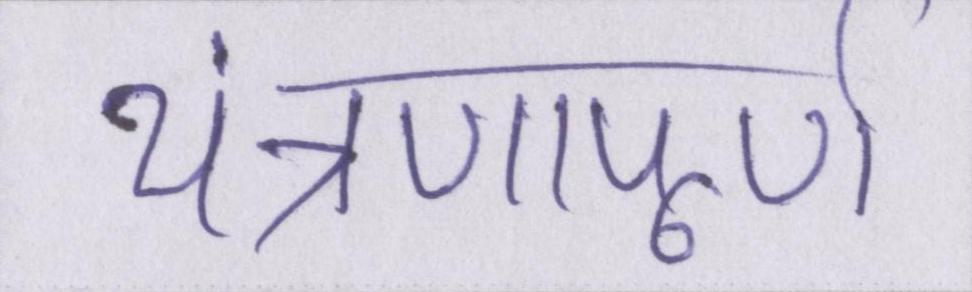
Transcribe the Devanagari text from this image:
यंत्रणापूर्ण